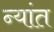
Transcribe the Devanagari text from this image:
न्यांत